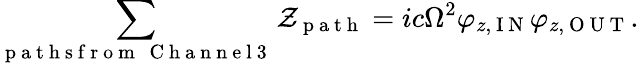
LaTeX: \sum_{\substack{\mathrm{~p~a~t~h~s~f~r~o~m~}\, \mathrm{~C~h~a~n~n~e~l~3~}}}\mathcal{Z}_{\mathrm{~p~a~t~h~}}=ic\Omega^{2}\varphi_{z,\mathrm{~I~N~}}\varphi_{z,\mathrm{~O~U~T~}}.